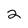
Character: 2